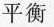
平衡